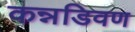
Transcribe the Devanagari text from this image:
कन्नडिवण